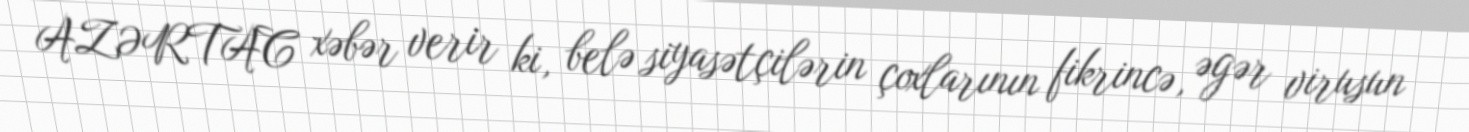
AZƏRTAC xəbər verir ki, belə siyasətçilərin çoxlarının fikrincə, əgər virusun